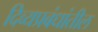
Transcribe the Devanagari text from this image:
दिव्यप्रबंधांतील